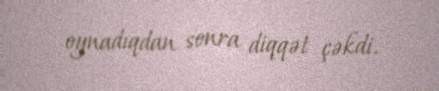
oynadıqdan sonra diqqət çəkdi.